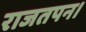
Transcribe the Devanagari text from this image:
राजतपन।